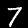
Label: 7